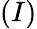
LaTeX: (I)